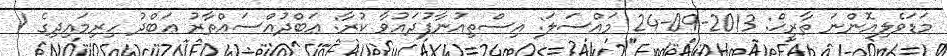
މަޑަވެލިއޮންނަ ތާރީޚް: 2013-09-24 މައްސަލަ: އިސްތިއުނާފުދައުވާ ކުރާ: ޢަބްދުއްސައްތާރު ޢަބްދު ހިރިމައިދިގެ /